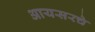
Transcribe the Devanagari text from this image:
आयसरचे